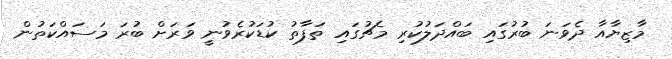
މާޒިޔާއާ ދެވަނަ ބުރުގައި ބައްދަލުކުރި މެޗުގައި ތަފާތު ކުޑަކުރެވުނީ ވަރަށް ބުރަ މަސައްކަތުން